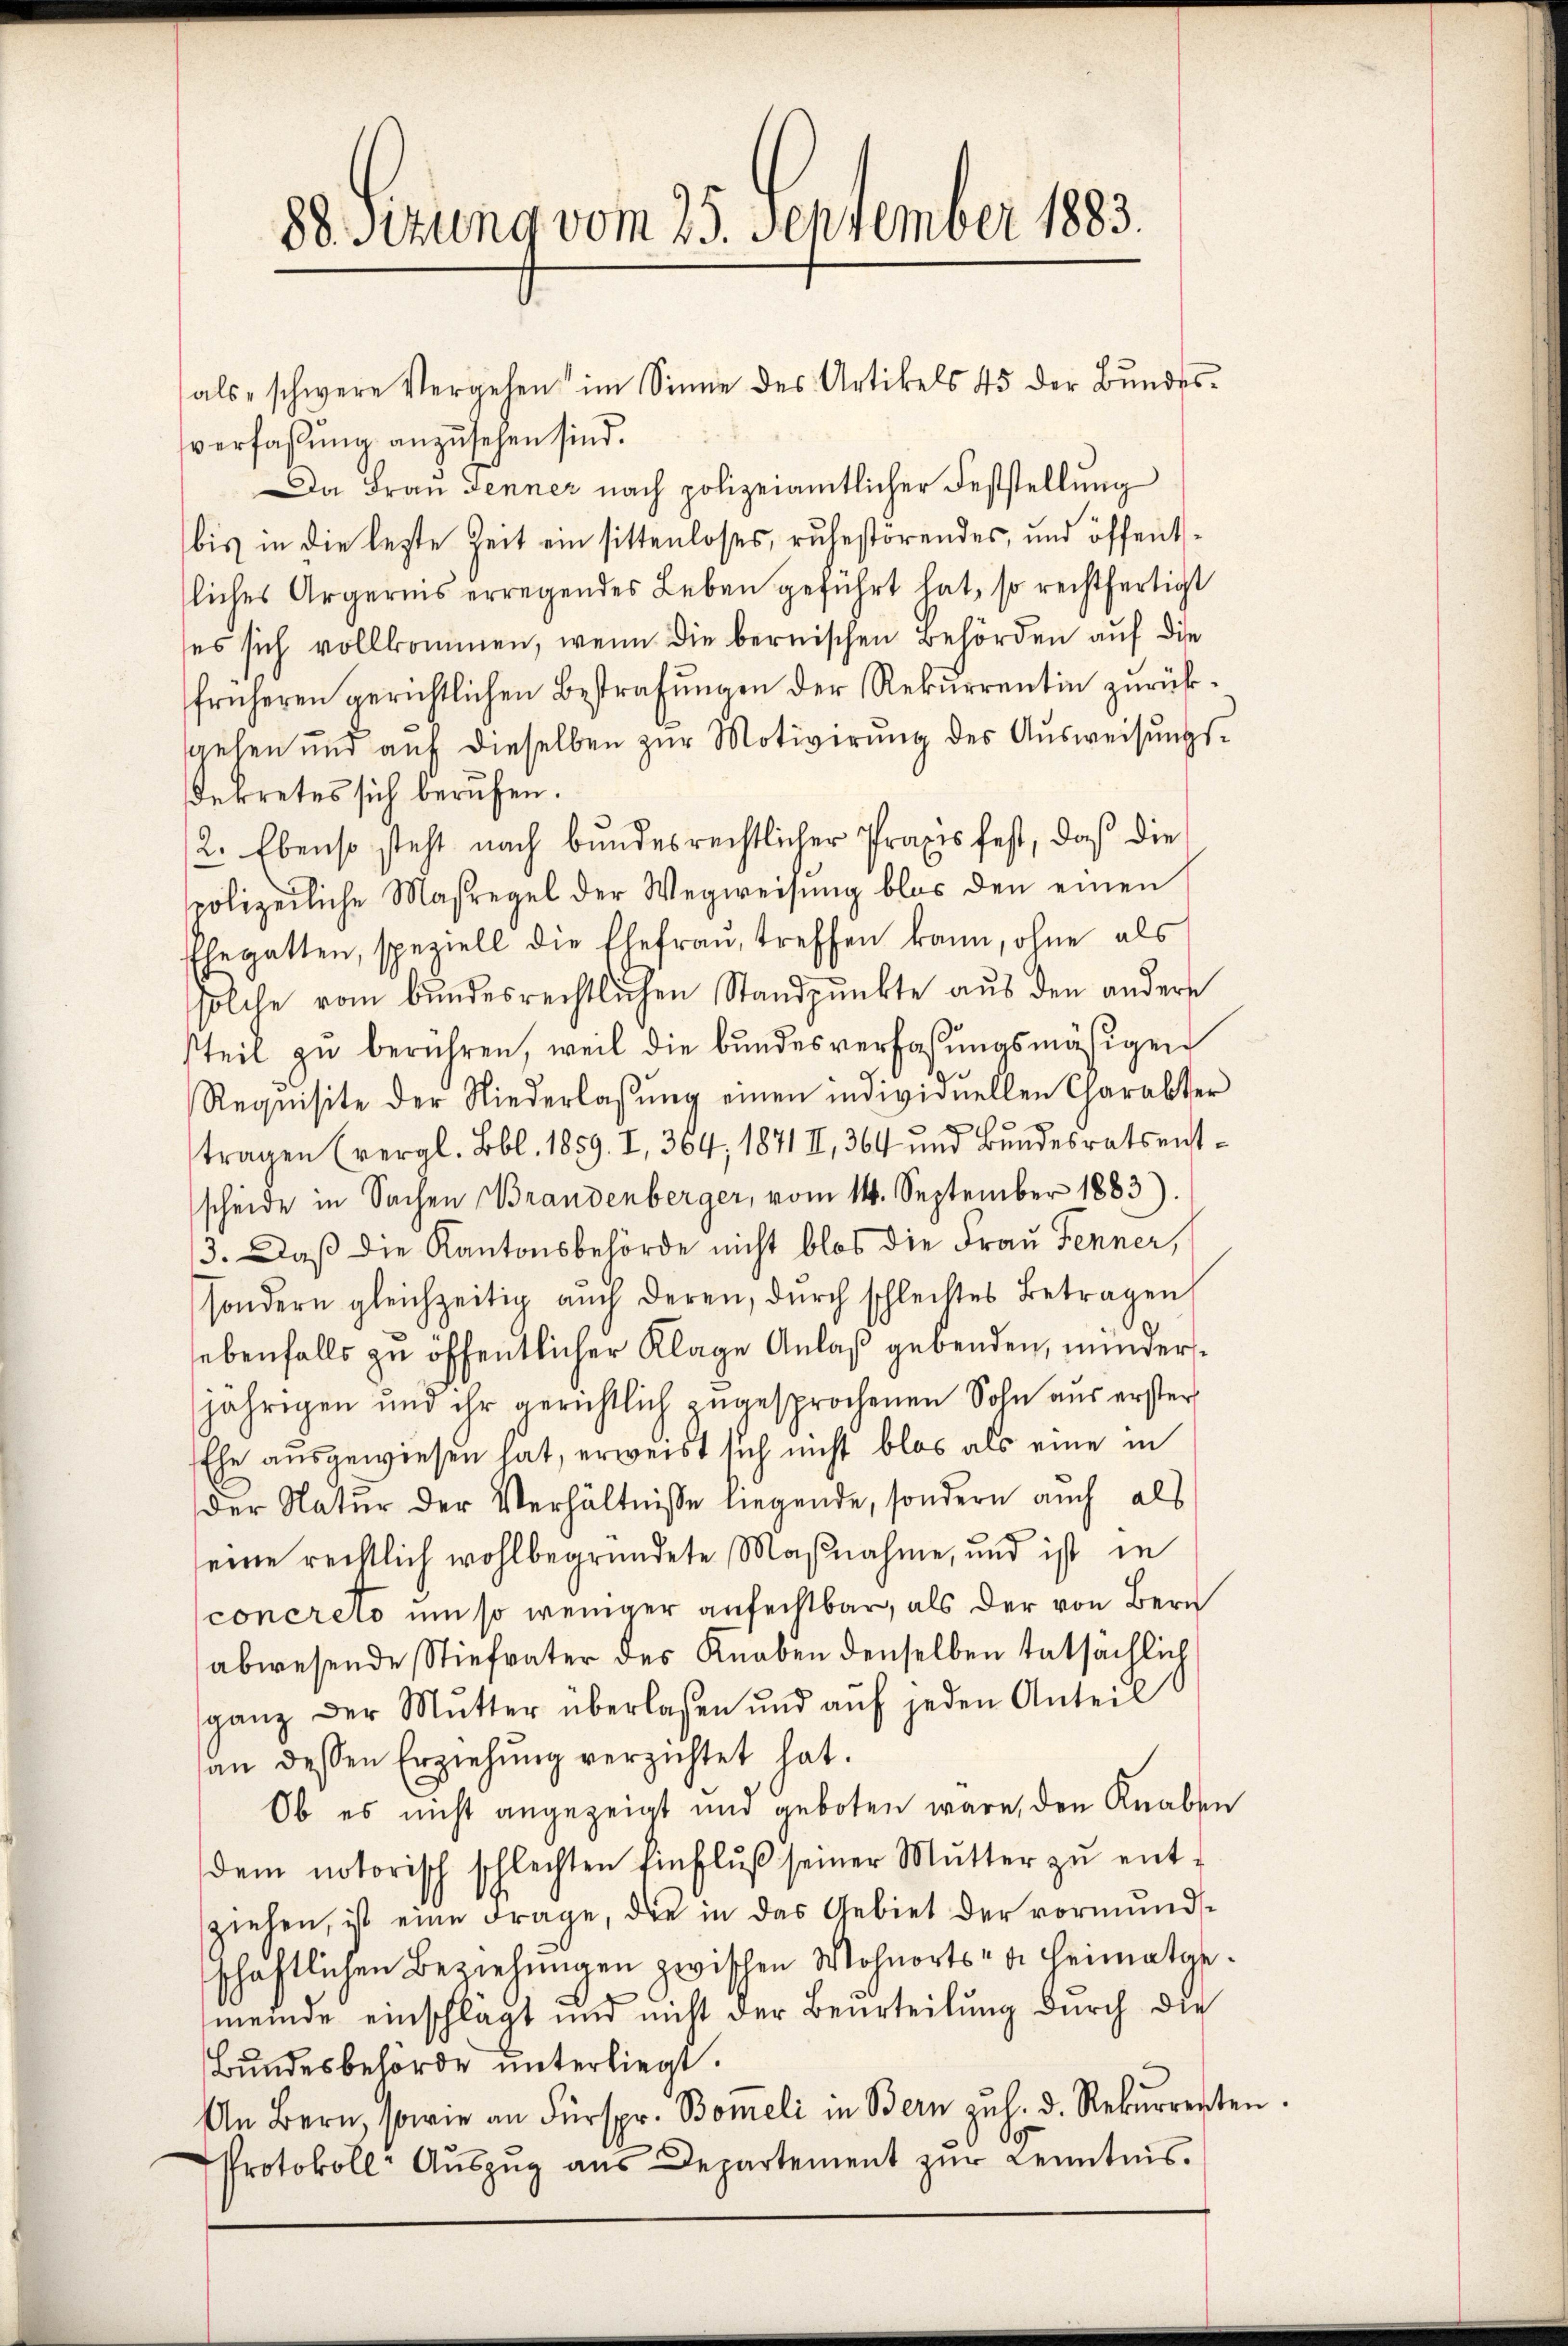
88. Stung vom 25. September 1883.

alsschwere Vergehen im Sinne des Artikels 45 der Bundes-

verfassung anzusehen sind.
Da Frau Jenner nach polizeiamtlicher Feststellung
bis in die lezte Zeit ein sittenloses, ruhestörendes, und öffentliches Ärgernis erregendes Leben geführt hat, so rechtfertigt
ses sich vollkommen, wenn die bernischen Behörden auf die
früheren gerichtlichen Bestrafungen der Rekurrentin zurücksgehen und auf dieselben zur Motivirung des Ausweisungsdekretes sich berufen.
2. Ebenso steht nach bundesrechtlicher Praxis fest, daß die
polizeiliche Maßregel der Wegweisung blos den einen
Ehegatten, speziell die Ehefrau, treffen kann, ohne als
solche vom bundesrechtlichen Standpunkte aus den andere
teil zu berühren, weil die bundesverfassungsmäsigen
Requisite der Niederlassŭng einen individuellen Charakter
tragen (vergl. Bbl. 1859. I, 364, 1871 II., 364 und Bŭndesratsent-
scheide in Sachen Brandenberger, vom 14. September 1883)
3. Daß die Kantonsbehörde nicht blos die Frau Fenner,
sondern gleichzeitig auch deren, durch schlechtes Betragen
ebenfalls zu öffentlicher Klage Anlaß gebenden, minderjährigen und ihr gerichtlich zugesprochenen Sohn aus erster
Ehe ausgewiesen hat, erweist sich nicht blos als eine in
der Natur der Verhältnisse liegende, sondern auch als
eine rechtlich wohlbegründete Maßnahme, und ist in
concreto um so weniger anfechtbar, als der von Bern
abwesende Stiefvater des Knaben denselben tatsächlich
ganz der Mŭtter überlassen und aŭf jeden Anteil
an dessen Erziehŭng verzichtet hat.
Ob es nicht angezeigt und geboten wäre, den Knaben
dem notorisch schlechten Einflŭβ seiner Mŭtter zŭ ent-
ziehen, ist eine Frage, die in das Gebiet der vormundsschaftlichen Beziehŭngen zwischen Wohnorts- u. Heimatge-
meinde einschlagt und nicht der Beurteilung durch die
Bŭndesbehörde unterliegt.
An Bern, sowie an Fürspr. Bomeli in Bern zŭ h. d. Rekurrenten
Protokoll- Aŭszŭg aŭs Departement zŭr Kenntnis.

.